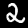
Label: 2